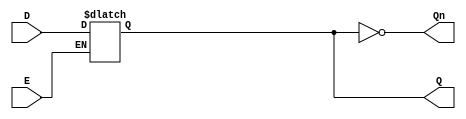
module LatchRegister (
    input wire D,      // Data input
    input wire E,      // Enable signal
    output reg Q,      // Output Q
    output wire Qn     // Complement of Q
);

// Assign the complement of Q to Qn
assign Qn = ~Q;

// Always block to implement the latch behavior
always @(*) begin
    if (E) begin
        Q = D; // Capture the data input when enable is high
    end
    // If E is low, Q retains its previous value (holds state)
end

endmodule